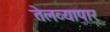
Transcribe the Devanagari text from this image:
तेलव्यापार